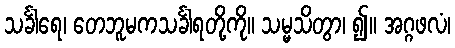
သင်္ခါရေ၊ တေဘူမကသင်္ခါရတို့ကို။ သမ္မသိတွာ၊ ၍။ အဂ္ဂဖလံ၊